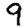
Digit: 9